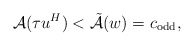
\begin{align*} \mathcal{A} (\tau u^H) < \Tilde{\mathcal{A}} (w) = c_{\mathrm{odd}},\end{align*}